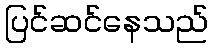
ပြင်ဆင်နေသည်